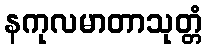
နကုလမာတာသုတ္တံ